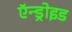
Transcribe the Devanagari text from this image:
ऍन्ड्रोइड